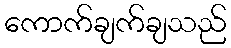
ကောက်ချက်ချသည်